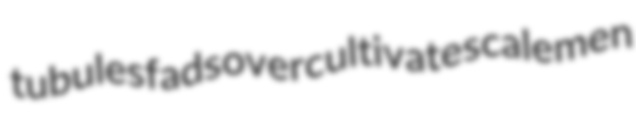
tubules fads overcultivate scalemen